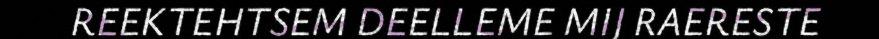
REEKTEHTSEM DEELLEME MIJ RAERESTE